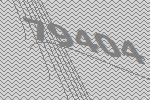
79404